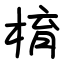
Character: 棛